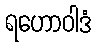
ရဟောဝါဒံ